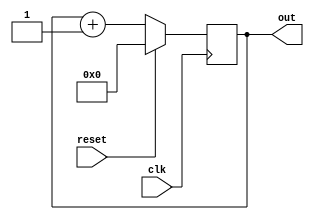
module PC(out,clk,reset);
	input clk,reset;
	output [31:0] out;
	reg[31:0] out;
	always@(posedge clk)
	begin
		if(~reset)
			out = out+1;
		else
			out=0;
	end
endmodule


/*module PCTb;
	reg  clk,reset;
	wire[31:0] w;
	PC test(w,clk,reset);
	initial
	begin
		$monitor($time,"count = %b",w);
		#0 clk = 1'b0;reset = 1'b1;
		#10 reset = 1'b0;
	end
	initial
	begin
	repeat(100)
		#5 clk = ~clk;
	end
endmodule*/